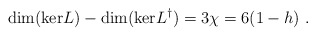
\begin{align*}{\rm dim (ker} L) - {\rm dim (ker} L^{\dag}) = 3\chi = 6 (1-h)\ .\end{align*}